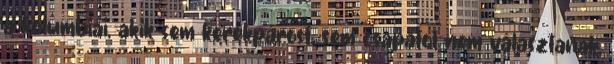
a kolumbiai, akik sem kerékpárost, sem csapatot nem választanak,